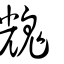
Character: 𩳁